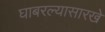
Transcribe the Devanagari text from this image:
घाबरल्यासारखे